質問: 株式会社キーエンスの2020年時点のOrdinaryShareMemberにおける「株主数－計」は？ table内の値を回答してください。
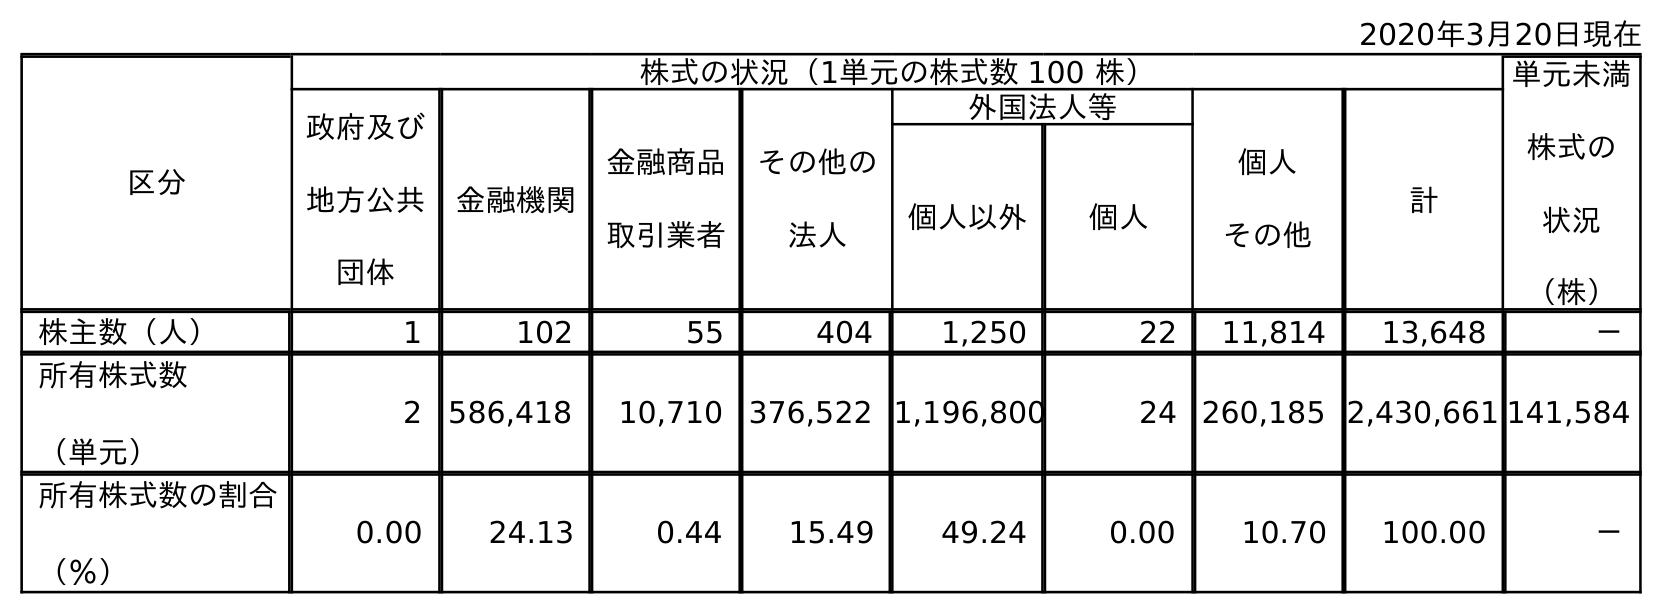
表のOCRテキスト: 2020年3月20日現在 区分 株式の状況（1単元の株式数 100 株） 単元未満 株式の 状況 （株） 政府及び 地方公共 団体 金融機関 金融商品 取引業者 その他の 法人 外国法人等 個人 その他 計 個人以外 個人 株主数（人） 1 102 55 404 1,250 22 11,814 13,648 － 所有株式数 （単元） 2 586,418 10,710 376,522 1,196,800 24 260,185 2,430,661 141,584 所有株式数の割合 （％） 0.00 24.13 0.44 15.49 49.24 0.00 10.70 100.00 －
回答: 13,648